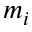
m _ { i }